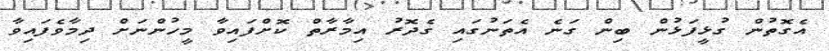
އެގޮތުން ގުޅީފަޅުން ބިން ގަނެ އެތަނުގައި ގެދޮރު އިމާރާތް ކޮށްފައިވާ މީހުންނަށް ދިމާވެފައިވާ